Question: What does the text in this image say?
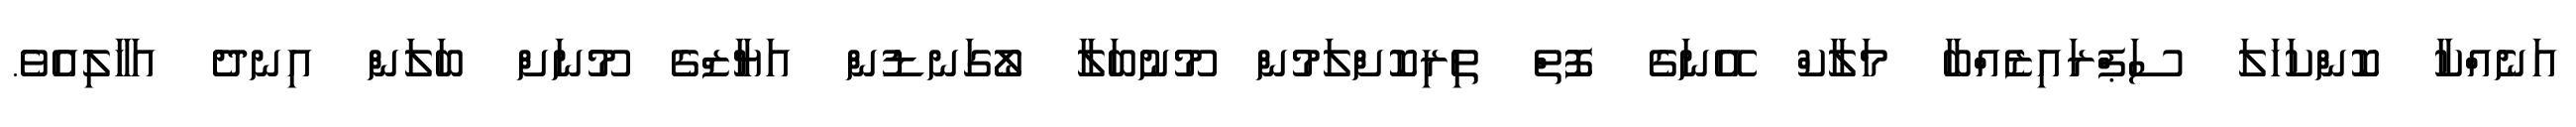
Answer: އަނެއްކާ ކޮންކަހަލަ ސަޕްރައިޒެއްބާ މަލާކް އޭނަގެ ފޮތް ތިރިކޮށްލަމުން މޫނުބަލާ ލޯގަނޑުން އަޔާޒްގެ މޫނަށް ބަލަން އިނދެ އަހާލިއެވެ.